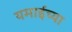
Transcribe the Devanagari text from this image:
यमाईच्या